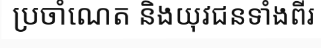
ប្រចាំណេត និងយុវជនទាំងពីរ